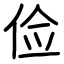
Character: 俭